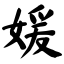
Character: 媛